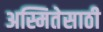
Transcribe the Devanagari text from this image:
अस्मितेसाठी